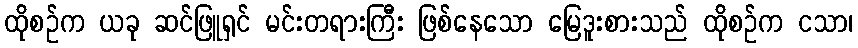
ထိုစဉ်က ယခု ဆင်ဖြူရှင် မင်းတရားကြီး ဖြစ်နေသော မြေဒူးစားသည် ထိုစဉ်က ငသာ၊